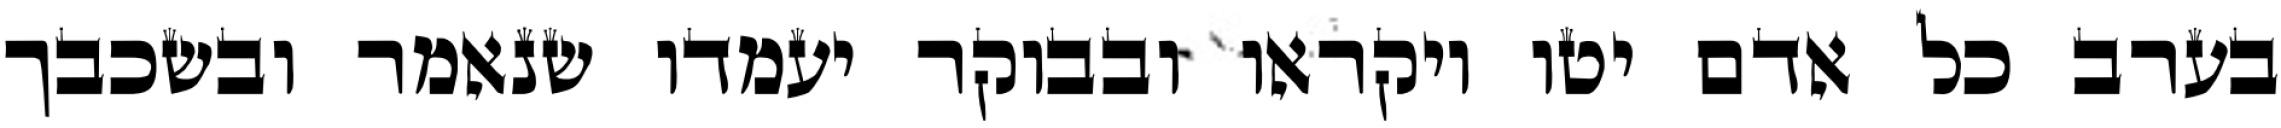
בערב כל אדם יטו ויקראו ובבוקר יעמדו שנאמר ובשכבך